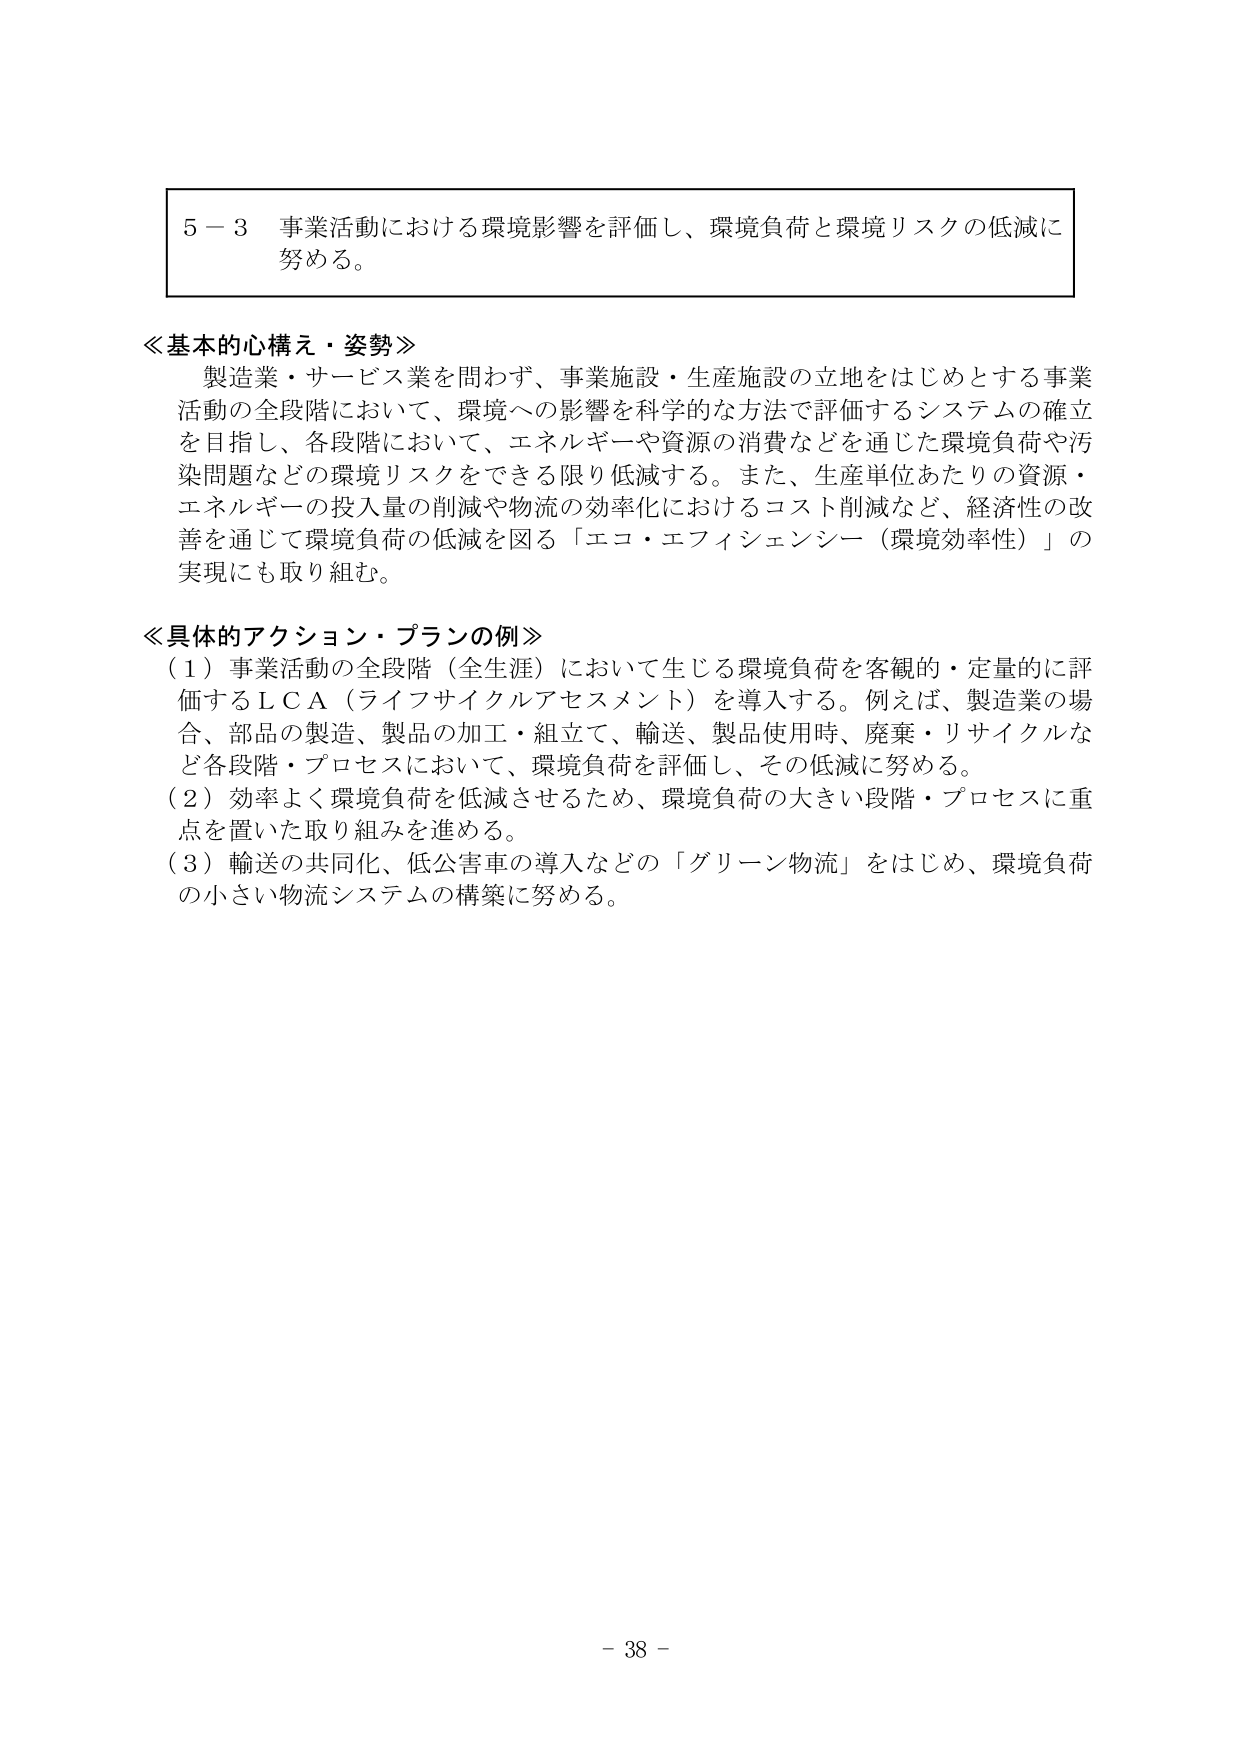
5－3 事業活動における環境影響を評価し、環境負荷と環境リスクの低減に努める。

≪基本的心構え・姿勢≫
製造業・サービス業を問わず、事業施設・生産施設の立地をはじめとする事業活動の全段階において、環境への影響を科学的な方法で評価するシステムの確立を目指し、各段階において、エネルギーや資源の消費などを通じた環境負荷や汚染問題などの環境リスクをできる限り低減する。また、生産単位あたりの資源・エネルギーの投入量の削減や物流の効率化におけるコスト削減など、経済性の改善を通じて環境負荷の低減を図る「エコ・エフィシェンシー（環境効率性）」の実現にも取り組む。

≪具体的アクション・プランの例≫
（1）事業活動の全段階（全生涯）において生じる環境負荷を客観的・定量的に評価するＬＣＡ（ライフサイクルアセスメント）を導入する。例えば、製造業の場合、部品の製造、製品の加工・組立て、輸送、製品使用時、廃棄・リサイクルなど各段階・プロセスにおいて、環境負荷を評価し、その低減に努める。
（2）効率よく環境負荷を低減させるため、環境負荷の大きい段階・プロセスに重点を置いた取り組みを進める。
（3）輸送の共同化、低公害車の導入などの「グリーン物流」をはじめ、環境負荷の小さい物流システムの構築に努める。

- 38 -